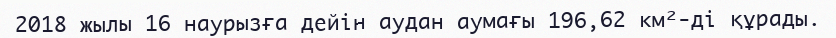
2018 жылы 16 наурызға дейін аудан аумағы 196,62 км²-ді құрады.